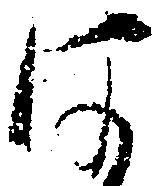
は